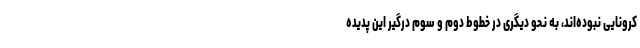
کرونایی نبوده‌اند، به نحو دیگری در خطوط دوم و سوم درگیر این پدیده